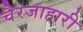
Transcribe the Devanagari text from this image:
चैरजाहारी